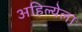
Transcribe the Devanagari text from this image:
अहिल्येला